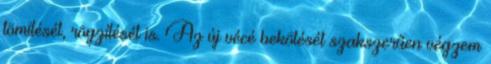
tömítését, rögzítését is. Az új vécé bekötését szakszerűen végzem